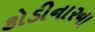
કોડીનારના